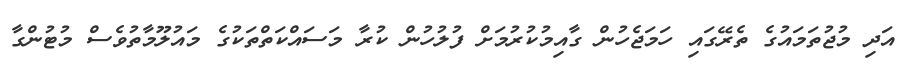
އަދި މުޖުތަމައުގެ ތެރޭގައި ހަމަޖެހުން ގާއިމުކުރުމަށް ފުލުހުން ކުރާ މަސައްކަތްތަކުގެ މައުލޫމާތުވެސް މުޓުންގާ